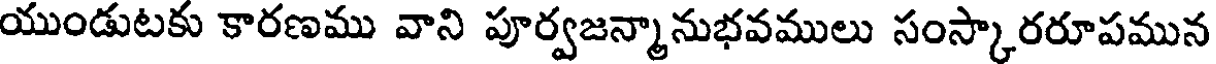
యుండుటకు కారణము వాని పూర్వజన్మానుభవములు సంస్కారరూపమున